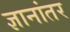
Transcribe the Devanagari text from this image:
ज्ञानांतर